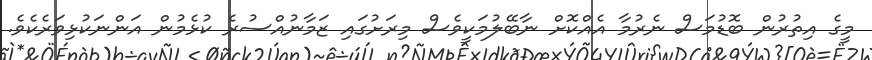
މީގެ އިތުރުން ބޮޑުމަސް ނެރުމާ އެއްކޮށް ނާބޭލުމަކީވެސް މިރަށުގައި ޒަމާނުއްސުރެ ކުޅެމުން އަންނަކުޅިވަރެކެވެ.